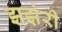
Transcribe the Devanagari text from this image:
झझंरी